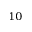
^ { 1 0 }